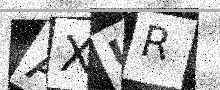
Text: AXUR